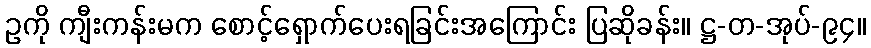
ဥကို ကျီးကန်းမက စောင့်ရှောက်ပေးရခြင်းအကြောင်း ပြဆိုခန်း။ ဋ္ဌ-တ-အုပ်-၉၄။